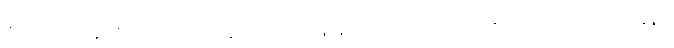
ဇရာဝါတေန၊ ဇရာတည်း ဟူသော လေဖြင့်။ ပဟတကာလေ၊ တိုက်ခတ်သော အခါ၌။